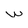
Character: w